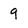
Character: 9